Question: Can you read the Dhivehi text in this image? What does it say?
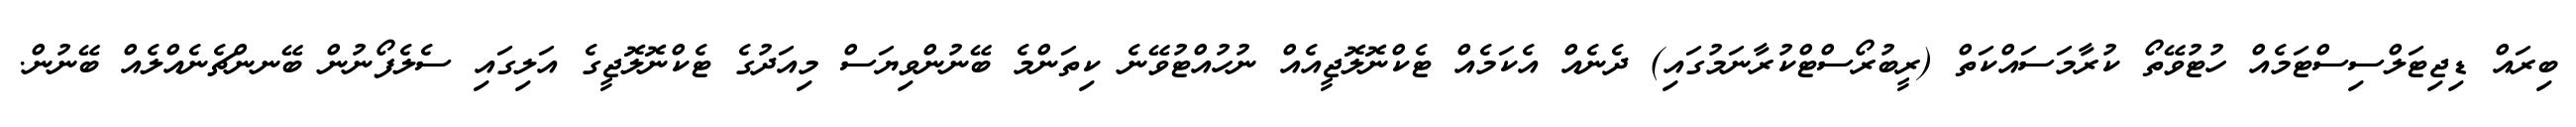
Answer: ބިރައް ޑިޖިޓަލްސިސްޓަމެއް ހުޓުވޭތޯ ކުރާމަސައްކަތް (ރީބުރޯސްޓްކުރާނަމުގައި) ދެނެއް އެކަމެއް ޓެކްނޮލޮޖީއެއް ނުހުއްޓުވޭނެ ކިތަންމެ ބޭނުންވިޔަސް މިއަދުގެ ޓެކްނޮލޮޖީގެ އަލިގައި ސެލެފޯނުން ބޭނންޗެނެއްލެއް ބޭނުން.